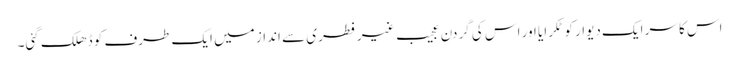
اس کا سر ایک دیوار کو ٹکرایا اور اس کی گردن عجیب غیر فطری سے انداز میں ایک طرف کو ڈھلک گئی۔